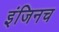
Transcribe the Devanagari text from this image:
इंजिनच